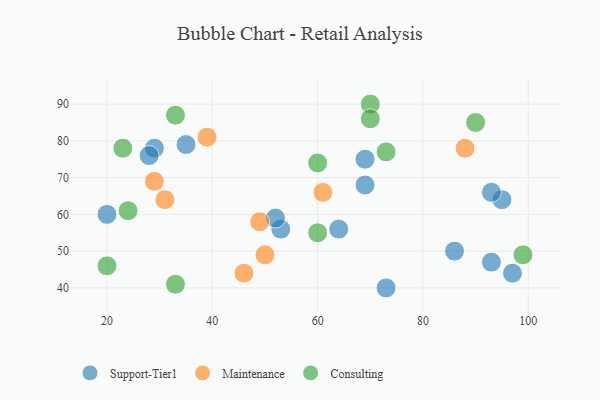
{"axis": {"x": "GDP", "y": "Life Expectancy"}, "legend": ["Consulting", "Maintenance", "Support-Tier1"], "data": [{"x": "69", "y": 68, "type": "Support-Tier1"}, {"x": "73", "y": 40, "type": "Support-Tier1"}, {"x": "53", "y": 56, "type": "Support-Tier1"}, {"x": "29", "y": 78, "type": "Support-Tier1"}, {"x": "86", "y": 50, "type": "Support-Tier1"}, {"x": "69", "y": 75, "type": "Support-Tier1"}, {"x": "93", "y": 47, "type": "Support-Tier1"}, {"x": "20", "y": 60, "type": "Support-Tier1"}, {"x": "28", "y": 76, "type": "Support-Tier1"}, {"x": "64", "y": 56, "type": "Support-Tier1"}, {"x": "97", "y": 44, "type": "Support-Tier1"}, {"x": "35", "y": 79, "type": "Support-Tier1"}, {"x": "95", "y": 64, "type": "Support-Tier1"}, {"x": "93", "y": 66, "type": "Support-Tier1"}, {"x": "52", "y": 59, "type": "Support-Tier1"}, {"x": "88", "y": 78, "type": "Maintenance"}, {"x": "50", "y": 49, "type": "Maintenance"}, {"x": "46", "y": 44, "type": "Maintenance"}, {"x": "29", "y": 69, "type": "Maintenance"}, {"x": "49", "y": 58, "type": "Maintenance"}, {"x": "61", "y": 66, "type": "Maintenance"}, {"x": "31", "y": 64, "type": "Maintenance"}, {"x": "39", "y": 81, "type": "Maintenance"}, {"x": "70", "y": 90, "type": "Consulting"}, {"x": "60", "y": 74, "type": "Consulting"}, {"x": "23", "y": 78, "type": "Consulting"}, {"x": "20", "y": 46, "type": "Consulting"}, {"x": "99", "y": 49, "type": "Consulting"}, {"x": "33", "y": 41, "type": "Consulting"}, {"x": "60", "y": 55, "type": "Consulting"}, {"x": "90", "y": 85, "type": "Consulting"}, {"x": "73", "y": 77, "type": "Consulting"}, {"x": "70", "y": 86, "type": "Consulting"}, {"x": "33", "y": 87, "type": "Consulting"}, {"x": "24", "y": 61, "type": "Consulting"}]}